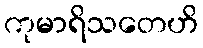
ကုမာရိသတေဟိ